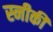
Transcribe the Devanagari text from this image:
स्नीकी